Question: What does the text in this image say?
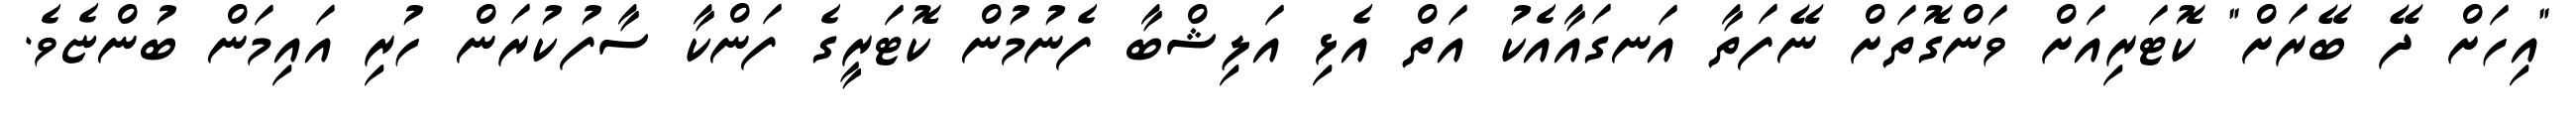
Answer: "އިހަށް ދޭ ބޭރަށް" ކޮޓަރިއަށް ވަންގޮތަށް ނޭފަތާ އަނގައާއެކު އަތް އެޅި އަލިޝްބާ ފެނުމުން ކޮޓަރީގެ ފަންކާ ސާފުކުރަން ހުރި އައިމަން ބުންޏެވެ.